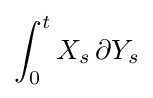
\int _{0}^{t}X_{s}\,\partial Y_{s}